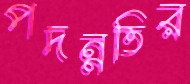
পদন্নতির